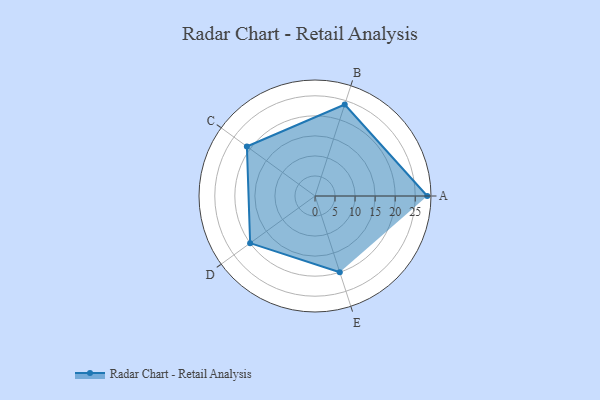
{"axis": {"x": "Skill", "y": "Score"}, "legend": ["Profile"], "data": [{"x": "A", "y": 28.0, "type": "Profile"}, {"x": "B", "y": 24.0, "type": "Profile"}, {"x": "C", "y": 21.0, "type": "Profile"}, {"x": "D", "y": 20, "type": "Profile"}, {"x": "E", "y": 20, "type": "Profile"}]}